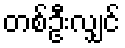
တစ်ဦးလျှင်